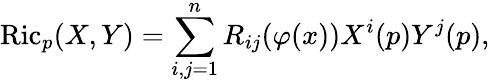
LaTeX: \operatorname{Ric}_{p}(X,Y)=\sum_{i,j=1}^{n}R_{ij}(\varphi(x))X^{i}(p)Y^{j}(p),